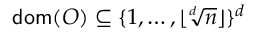
\mathsf { d o m } ( O ) \subseteq \{ 1 , \dots , \lfloor \sqrt [ d ] { n } \rfloor \} ^ { d }